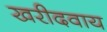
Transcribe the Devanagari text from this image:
खरीदवाय